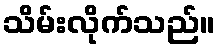
သိမ်းလိုက်သည်။